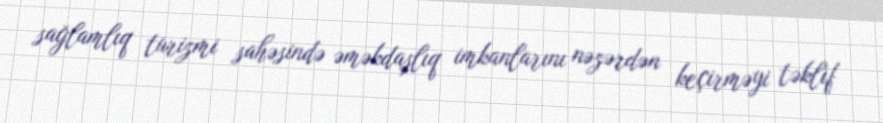
sağlamlıq turizmi sahəsində əməkdaşlıq imkanlarını nəzərdən keçirməyi təklif